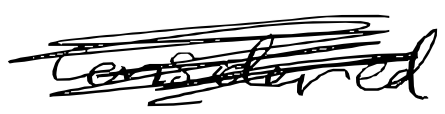
Text: considered
Cross-out: scratch
Writing tool: digital_black